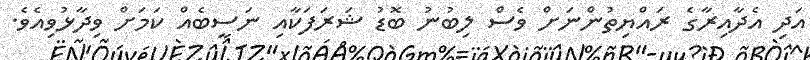
އަދި އެދާއިރާގެ ރައްޔިތުންނަށް ވެސް ލިބުނު ބޮޑު ޝަރަފަކާއި ނަސީބެއް ކަމަށް ވިދާޅުވިއެވެ.